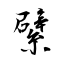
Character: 繴